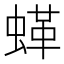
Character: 𱿲